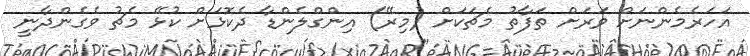
އަހަރެމެންނަށް ވަރަށް ތަފާތު މެޗަކަށް (މިރޭ) އިންގްލެންޑާ ދެކޮޅަށް ކުޅޭ މެޗު ވެގެންދާނީ